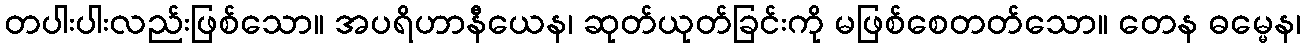
တပါးပါးလည်းဖြစ်သော။ အပရိဟာနီယေန၊ ဆုတ်ယုတ်ခြင်းကို မဖြစ်စေတတ်သော။ တေန ဓမ္မေန၊